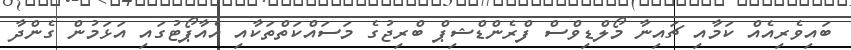
ބައިވެރިއެއް ކަމާއި ޗައިނާ މޯލްޑިވްސް ފްރެންޑްޝިޕް ބްރިޖުގެ މަސައްކަތްތަކާއި އެއާޕޯޓުގައި އަޅަމުން ގެންދާ